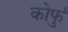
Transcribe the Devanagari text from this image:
कोर्फु